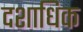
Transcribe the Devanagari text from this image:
दशाधिक